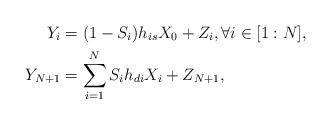
LaTeX: \begin{align*} Y_{i} &= (1 - S_i) h_{is}X_0 + Z_i,\forall i \in [1:N], \\ Y_{N+1} &= \sum_{i=1}^N S_i h_{di}X_i + Z_{N+1}, \end{align*}